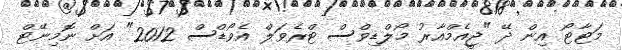
މަޓާޓޯ އިން ދޭ "ޖީއެމްއާރު މޯލްޑިވްސް ޓްރެވަލް އެވޯޑްސް 2012" އަށް ނޮމިނޭޓް